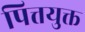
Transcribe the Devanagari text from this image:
पित्तयुक्त